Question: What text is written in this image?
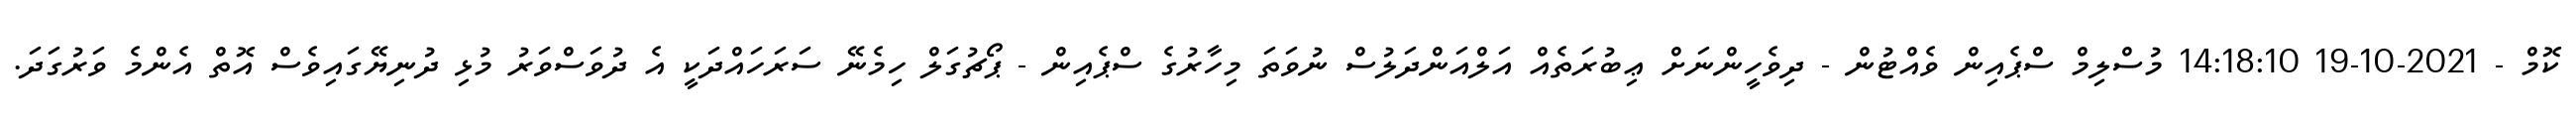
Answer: ކޮމް - 2021-10-19 14:18:10 މުސްލިމް ސްޕެއިން ވެއްޓުން - ދިވެހީންނަށް ޢިބުރަތެއް އަލްއަންދަލުސް ނުވަތަ މިހާރުގެ ސްޕެއިން - ޕޯޗުގަލް ހިމެނޭ ސަރަހައްދަކީ އެ ދުވަސްވަރު މުޅި ދުނިޔޭގައިވެސް އޮތް އެންމެ ވަރުގަދަ.